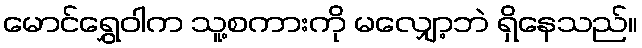
မောင်ရွှေဝါက သူ့စကားကို မလျှော့ဘဲ ရှိနေသည်။